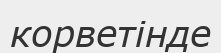
корветінде